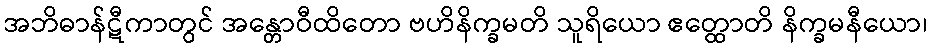
အဘိဓာန်ဋီကာတွင် အန္တောဝီထိတော ဗဟိနိက္ခမတိ သူရိယော ဧတ္ထောတိ နိက္ခမနီယော၊